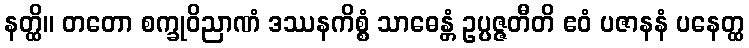
နတ္ထိ။ တတော စက္ခုဝိညာဏံ ဒဿနကိစ္စံ သာဓေန္တံ ဥပ္ပဇ္ဇတီတိ ဧဝံ ပဇာနနံ ပနေတ္ထ